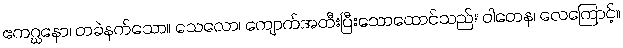
ဧကဂ္ဃနော၊ တခဲနက်သော။ သေလော၊ ကျောက်အတီးပြီးသောထောင်သည်။ ဝါတေန၊ လေကြောင့်။